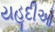
યહૂદીઓ